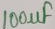
Text: 100µF